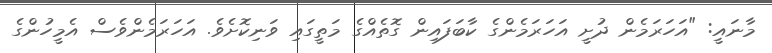
މާނައީ: "އަހަރަމެން ދުށީ އަހަރަމެންގެ ކާބަފައިން ގޮތެއްގެ މަތީގައި ވަނިކޮށެވެ. އަހަރަމެންވެސް އެމީހުންގެ